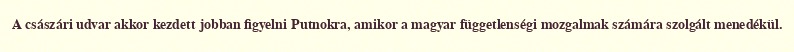
A császári udvar akkor kezdett jobban figyelni Putnokra, amikor a magyar függetlenségi mozgalmak számára szolgált menedékül.